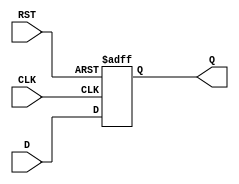
/****************************************
* Title   : D_flip_flop.v
* Purpose : D Flip Flop with asynchronous reset
*****************************************/

`timescale 1ns/1ps

module D_FF( Q,		//port list
	     D,
             CLK,
	     RST);

	//Argument classification
	output Q;
	input D, CLK, RST;
	reg Q;

	always @ (posedge CLK, //sensitivity list 
		  negedge RST)
	begin
		if(!RST) Q <= 1'b0; //one bit binary number with a value of zero
		else Q <= D;
	end
	
endmodule